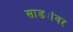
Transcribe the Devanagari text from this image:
साड्यांवर